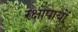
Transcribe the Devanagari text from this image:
रक्षोपायों